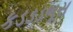
કડડડભૂસ